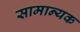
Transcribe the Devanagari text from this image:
सामान्यक